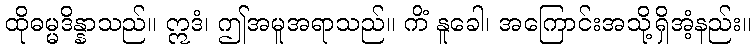
ထိုဓမ္မဒိန္နာသည်။ ဣဒံ၊ ဤအမူအရာသည်။ ကိံ နူခေါ၊ အကြောင်းအသို့ရှိအံ့နည်း။